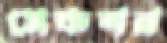
সেকশন